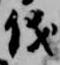
儀